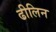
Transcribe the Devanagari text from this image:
ढीलिन